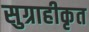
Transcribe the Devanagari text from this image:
सुग्राहीकृत